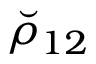
\breve { \rho } _ { 1 2 }